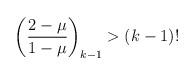
LaTeX: \begin{align*}\left(\frac{2-\mu}{1-\mu}\right)_{k-1} > (k-1)!\end{align*}